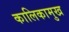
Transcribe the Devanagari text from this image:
कालिकामुख